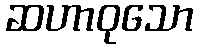
ဆဟာဝုသော